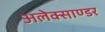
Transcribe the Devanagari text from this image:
अलेक्साण्डर